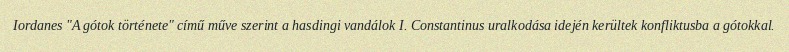
Iordanes "A gótok története" című műve szerint a hasdingi vandálok I. Constantinus uralkodása idején kerültek konfliktusba a gótokkal.